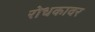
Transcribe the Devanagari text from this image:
रोधकावर